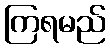
ကြရမည်